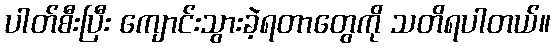
ပါတ်စီးပြီး ကျောင်းသွားခဲ့ရတာတွေကို သတိရပါတယ်။